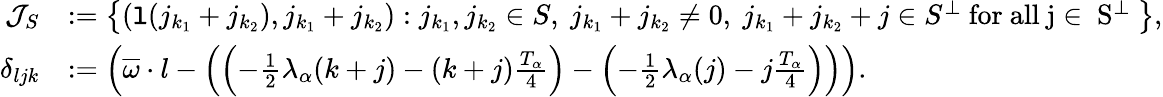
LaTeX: \begin{array}{rl}{\mathcal{J}_{S}}&{:=\left\{ (\mathtt{l}(j_{k_{1}}+j_{k_{2}}),j_{k_{1}}+j_{k_{2}}):j_{k_{1}},j_{k_{2}}\in S,\ j_{k_{1}}+j_{k_{2}}\ne 0,\ j_{k_{1}}+j_{k_{2}}+j\in S^{\perp}\mathrm{~for~all~j\in~S^\perp~}\right\} ,}\\ {\delta_{ljk}}&{:=\left(\overline{{\omega}}\cdot l-\left(\left(-\frac{1}{2}\lambda_{\alpha}(k+j)-(k+j)\frac{T_{\alpha}}4\right)-\left(-\frac{1}{2}\lambda_{\alpha}(j)-j\frac{T_{\alpha}}4\right)\right)\right).}\end{array}